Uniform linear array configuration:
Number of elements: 16
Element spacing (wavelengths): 0.75
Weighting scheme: uniform
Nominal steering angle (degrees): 30
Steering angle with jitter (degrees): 30.658
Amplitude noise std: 0.05
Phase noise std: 0.05

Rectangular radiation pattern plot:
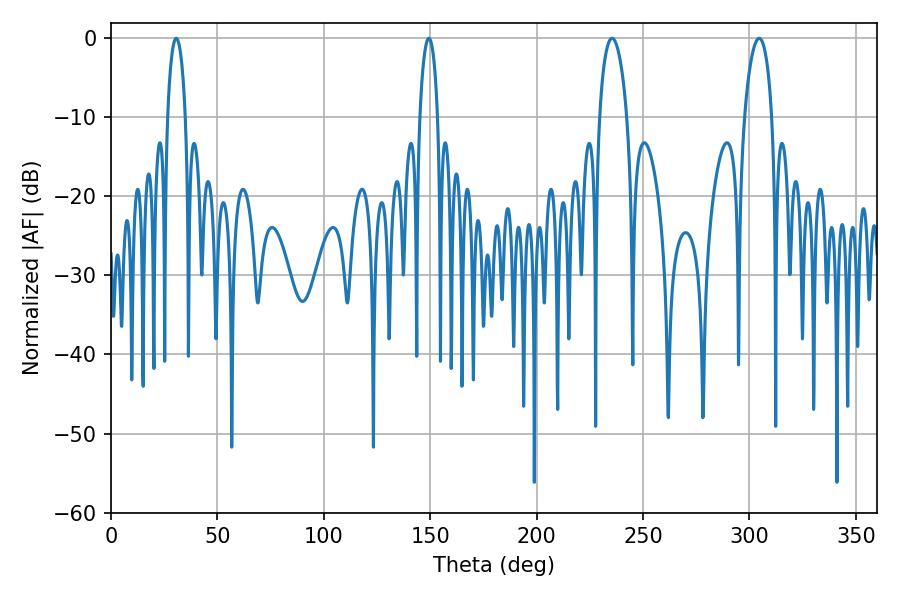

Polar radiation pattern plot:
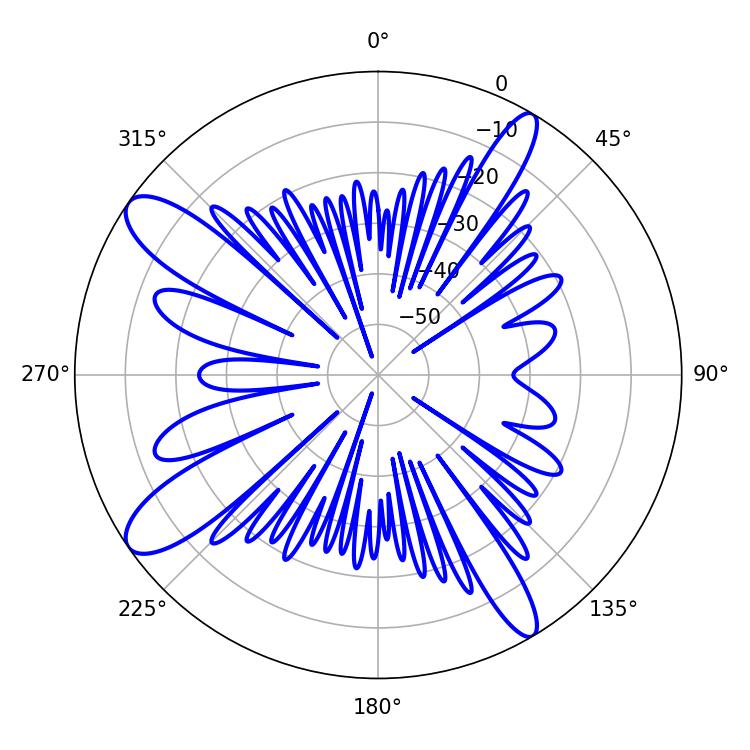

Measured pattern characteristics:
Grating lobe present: TRUE
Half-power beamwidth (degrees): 7.2
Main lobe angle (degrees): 235.44